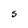
Character: S